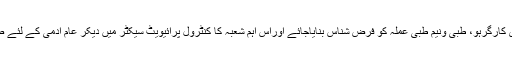
اس بات کو یقینی بنایاجائے کہ تمام ترمشینری کارگرہو، طبی ونیم طبی عملہ کو فرض شناس بنایاجائے اوراس اہم شعبہ کا کنٹرول پرائیویٹ سیکٹر میں دیکر عام آدمی کے لئے صحت مند زندگی جینے کا حق نہ چھینا جائے۔